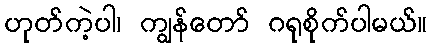
ဟုတ်ကဲ့ပါ၊ ကျွန်တော် ဂရုစိုက်ပါမယ်။